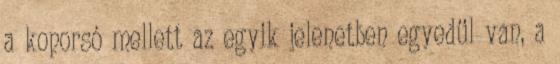
a koporsó mellett az egyik jelenetben egyedül van, a